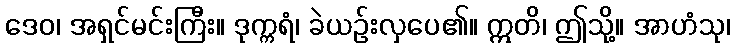
ဒေဝ၊ အရှင်မင်းကြီး။ ဒုက္ကရံ၊ ခဲယဉ်းလှပေ၏။ ဣတိ၊ ဤသို့။ အာဟံသု၊